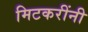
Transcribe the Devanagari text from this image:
मिटकरींनी